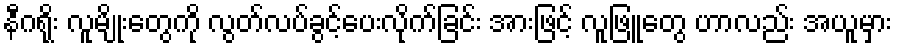
နီဂရိုး လူမျိုးတွေကို လွတ်လပ်ခွင့်ပေးလိုက်ခြင်း အားဖြင့် လူဖြူတွေ ဟာလည်း အယူမှား